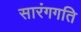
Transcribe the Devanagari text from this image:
सारंगगति